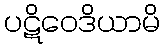
ပဋိဝေဒိယာမိ